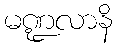
မဏ္ဍလာနိ